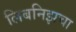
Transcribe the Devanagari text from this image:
लिबनिझचा